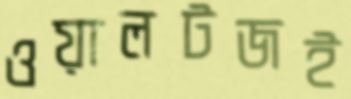
ওয়ালটজই